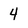
Character: 4